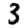
Digit: 3